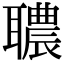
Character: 𦗳